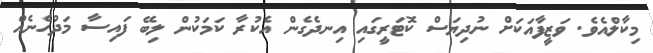
މިކާލްއެވެ. ވަޒީފާއަކަށް ނުދިޔަސް ކޮޓަރީގައި އިނދެގެން އެކުރާ ކަމަކުން ލިބޭ ފައިސާ މަދުހެނެއް